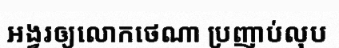
អង្វរឲ្យលោកថេណា ប្រញាប់លុប